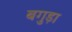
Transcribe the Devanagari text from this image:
बगुड़ा